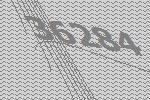
36284